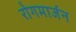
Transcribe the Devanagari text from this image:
रोगमार्जन